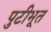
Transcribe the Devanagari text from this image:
पुटीभूत